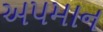
અપમાન